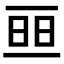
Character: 𠄵